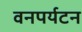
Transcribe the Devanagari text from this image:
वनपर्यटन